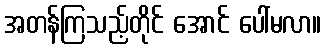
အတန်ကြသည့်တိုင် အောင် ပေါ်မလာ။